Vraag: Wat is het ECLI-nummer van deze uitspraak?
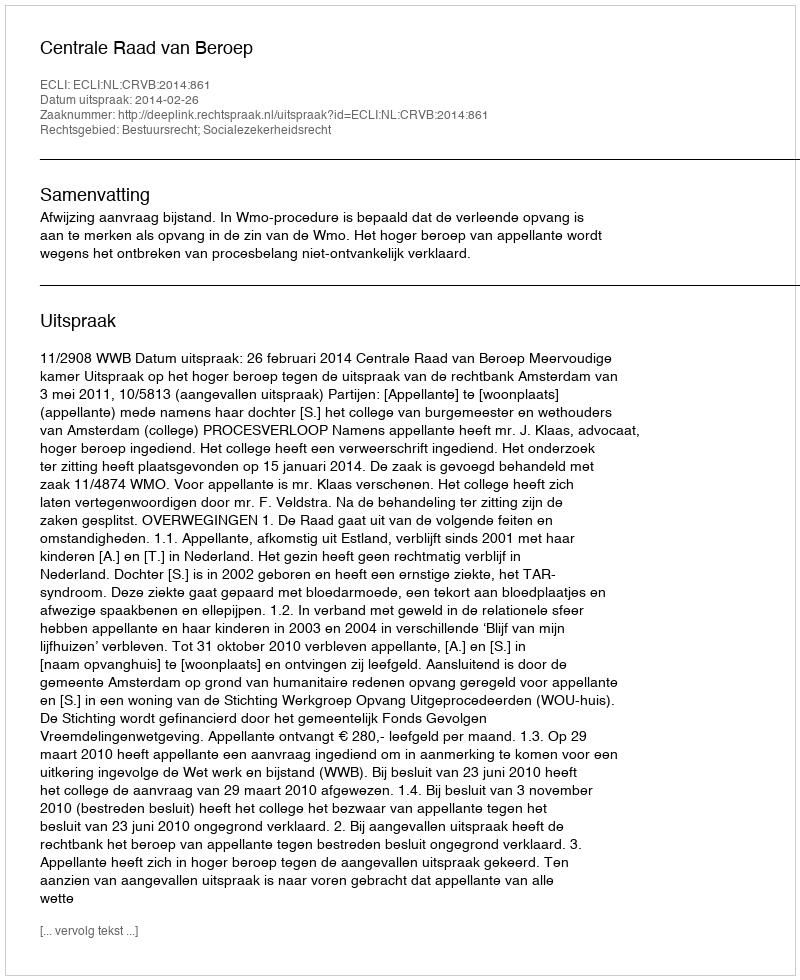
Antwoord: ECLI:NL:CRVB:2014:861